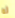
له